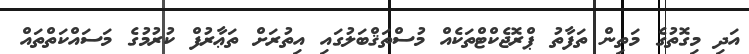
އަދި މިގޮތުގެ މަތިން ތަފާތު ޕްރޮޖެކްޓްތަކެއް މުސްތަޤްބަލުގައި އިތުރަށް ތަޢާރުފް ކުރުމުގެ މަސައްކަތްތައް